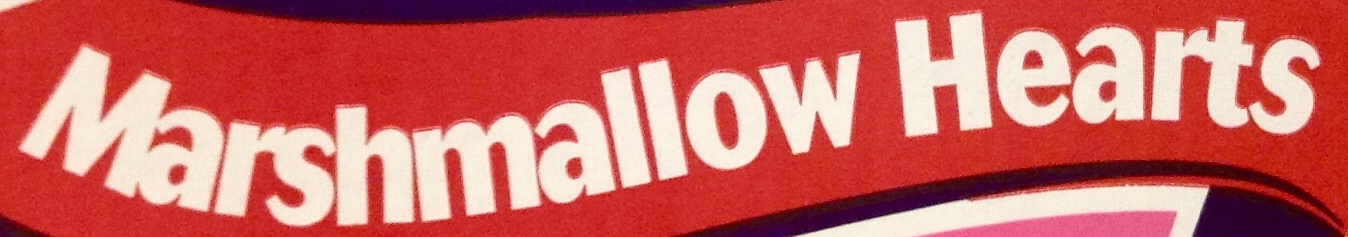
Marshmallow Hearts